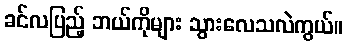
ခင်လပြည့် ဘယ်ကိုများ သွားလေသလဲကွယ်။